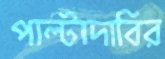
পাল্টাদাবির